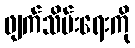
ဖျက်သိမ်းရေးကို